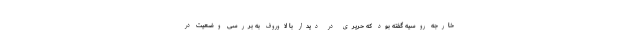
خارجه روسیه گفته بود که حریری در دیدار با لاوروف به بررسی وضعیت در